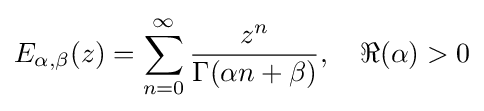
E_{\alpha ,\beta }(z)=\sum _{n=0}^{\infty }{\dfrac {z^{n}}{\Gamma (\alpha n+\beta )}},\quad \Re (\alpha )>0